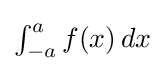
{\textstyle \int _{-a}^{a}f(x)\,dx}